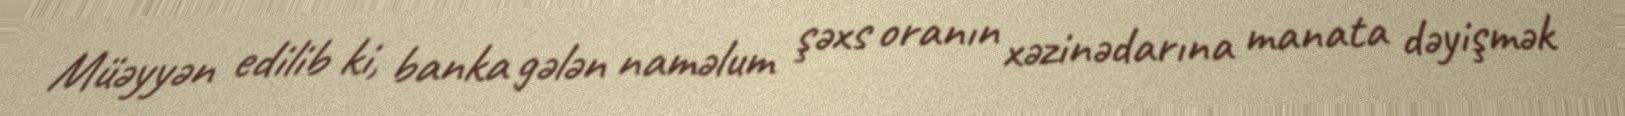
Müəyyən edilib ki, banka gələn naməlum şəxs oranın xəzinədarına manata dəyişmək